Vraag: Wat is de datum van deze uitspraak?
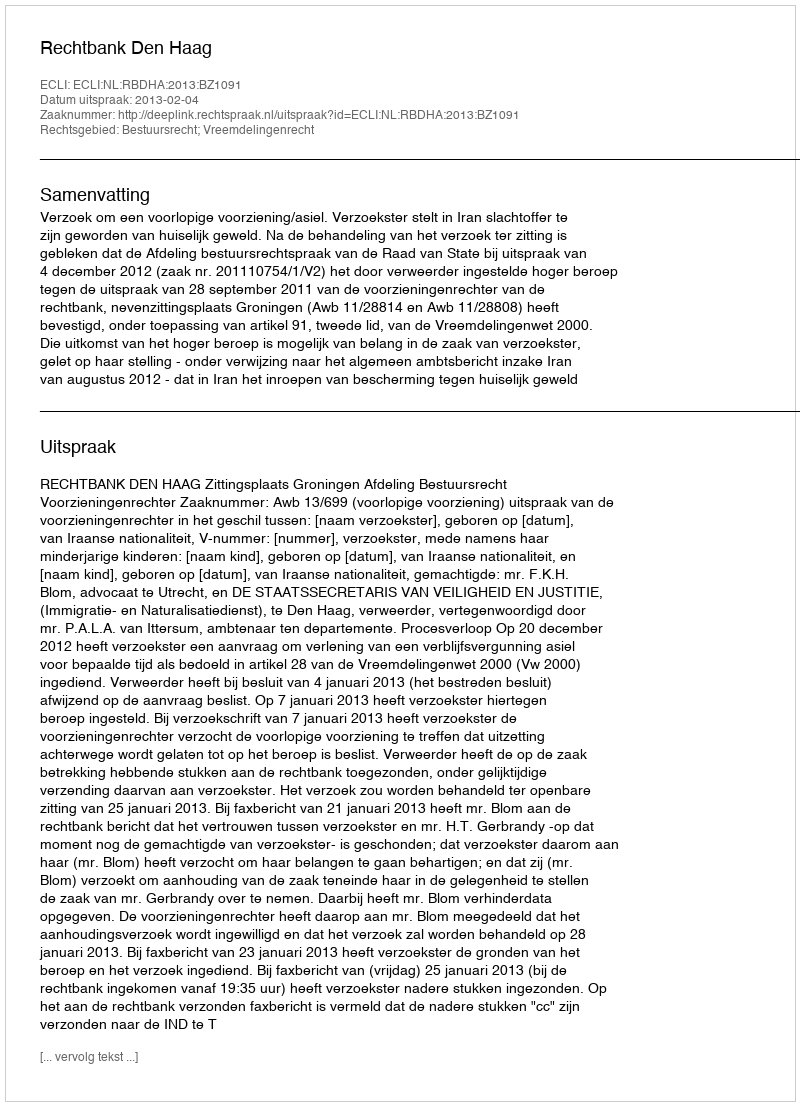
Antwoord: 2013-02-04